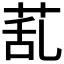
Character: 𦯠